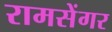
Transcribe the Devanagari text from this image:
रामसेंगर